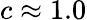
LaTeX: c\approx 1.0